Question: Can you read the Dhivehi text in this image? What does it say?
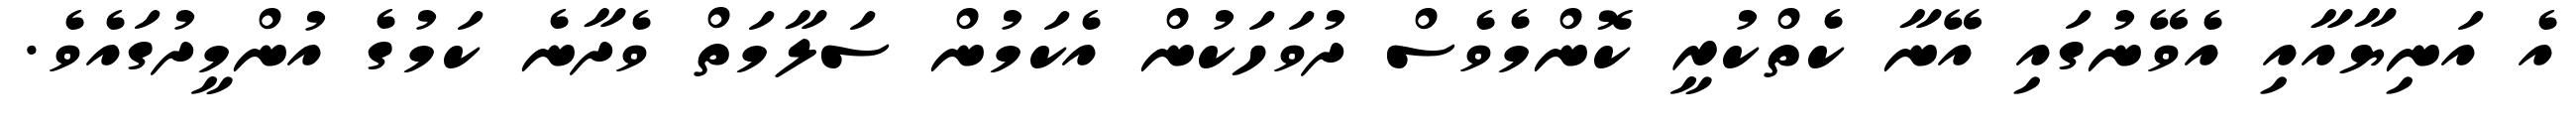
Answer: އެ އަނިޔާއާއި އެވޭނުގައި އޭނާ ކެތްކުރީ ކޮންމެވެސް ދުވަހަކުން އެކަމުން ސަލާމަތް ވެދާނެ ކަމުގެ އުންމީދުގައެވެ.